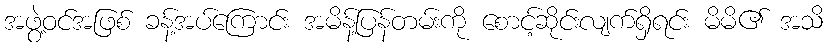
အဖွဲ့ဝင်အဖြစ် ခန့်အပ်ကြောင်း အမိန့်ပြန်တမ်းကို စောင့်ဆိုင်းလျက်ရှိရင်း မိမိ၏ အသိ